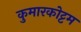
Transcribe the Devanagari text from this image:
कुमारकोट्टम